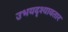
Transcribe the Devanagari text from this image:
उभयदृश्यावतार